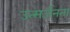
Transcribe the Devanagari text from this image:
उत्सर्जनता